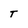
Character: T